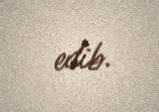
edib.